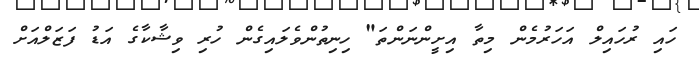
ހައި ރުހައިލް އަހަރުމެން މިތާ އިށީންނަންތަ" ހިނިތުންވެލައިގެން ހުރި ވިޝާކާގެ އަޑު ފަޒަލްއަށް